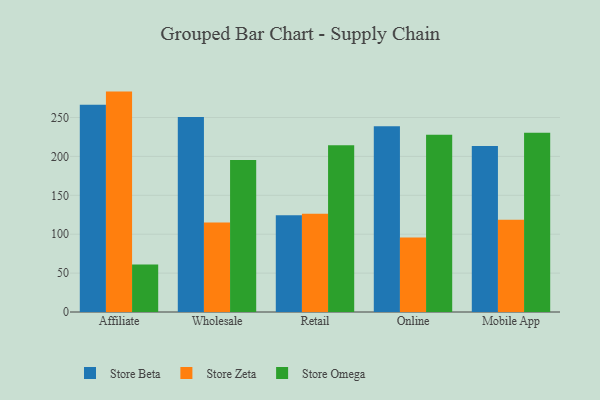
{"axis": {"x": "Channel", "y": "Conversion Rate (%)"}, "legend": ["Store Beta", "Store Omega", "Store Zeta"], "data": [{"x": "Affiliate", "y": 266.3, "type": "Store Beta"}, {"x": "Affiliate", "y": 283.3, "type": "Store Zeta"}, {"x": "Affiliate", "y": 61.1, "type": "Store Omega"}, {"x": "Wholesale", "y": 250.6, "type": "Store Beta"}, {"x": "Wholesale", "y": 115.0, "type": "Store Zeta"}, {"x": "Wholesale", "y": 195.5, "type": "Store Omega"}, {"x": "Retail", "y": 124.4, "type": "Store Beta"}, {"x": "Retail", "y": 126.3, "type": "Store Zeta"}, {"x": "Retail", "y": 214.2, "type": "Store Omega"}, {"x": "Online", "y": 238.9, "type": "Store Beta"}, {"x": "Online", "y": 95.8, "type": "Store Zeta"}, {"x": "Online", "y": 227.8, "type": "Store Omega"}, {"x": "Mobile App", "y": 213.4, "type": "Store Beta"}, {"x": "Mobile App", "y": 118.5, "type": "Store Zeta"}, {"x": "Mobile App", "y": 230.4, "type": "Store Omega"}]}